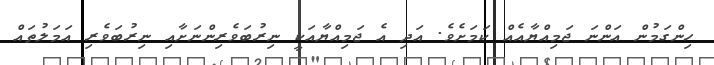
ހިންގަމުން އަންނަ ޖަމިއްޔާއެއް ކަމަށެވެ. އަދި އެ ޖަމިއްޔާއަކީ ނިރުބަވެރިންނަށާއި ނިރުބަވެރި އަމަލުތައް